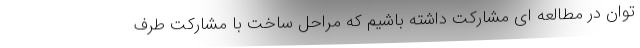
توان در مطالعه ای مشارکت داشته باشیم که مراحل ساخت با مشارکت طرف